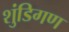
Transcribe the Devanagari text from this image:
शुंडिगण